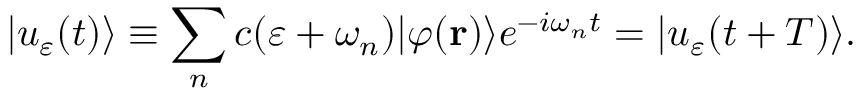
| u _ { \varepsilon } ( t ) \rangle \equiv \sum _ { n } c ( \varepsilon + \omega _ { n } ) | \varphi ( { \bf r } ) \rangle e ^ { - i \omega _ { n } t } = | u _ { \varepsilon } ( t + T ) \rangle .